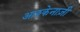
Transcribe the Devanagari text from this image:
आश्केनाज़ी